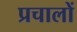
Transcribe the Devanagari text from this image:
प्रचालों